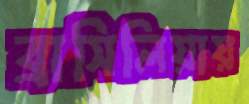
ব্রাসিলিয়ায়